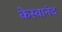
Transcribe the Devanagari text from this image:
केस्वानंद